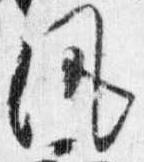
風